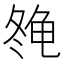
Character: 𱍇